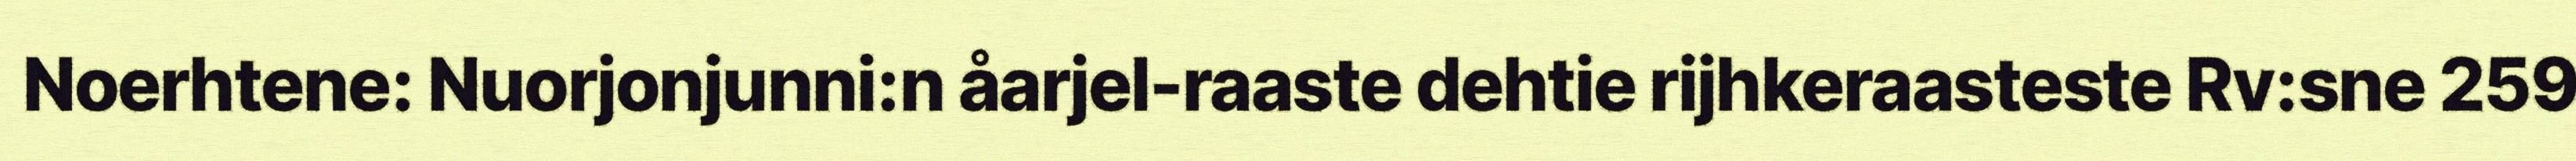
Noerhtene: Nuorjonjunni:n åarjel-raaste dehtie rijhkeraasteste Rv:sne 259